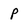
Character: p